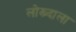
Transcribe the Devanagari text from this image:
लोख्न्दाला